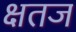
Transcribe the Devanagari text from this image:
क्षतज